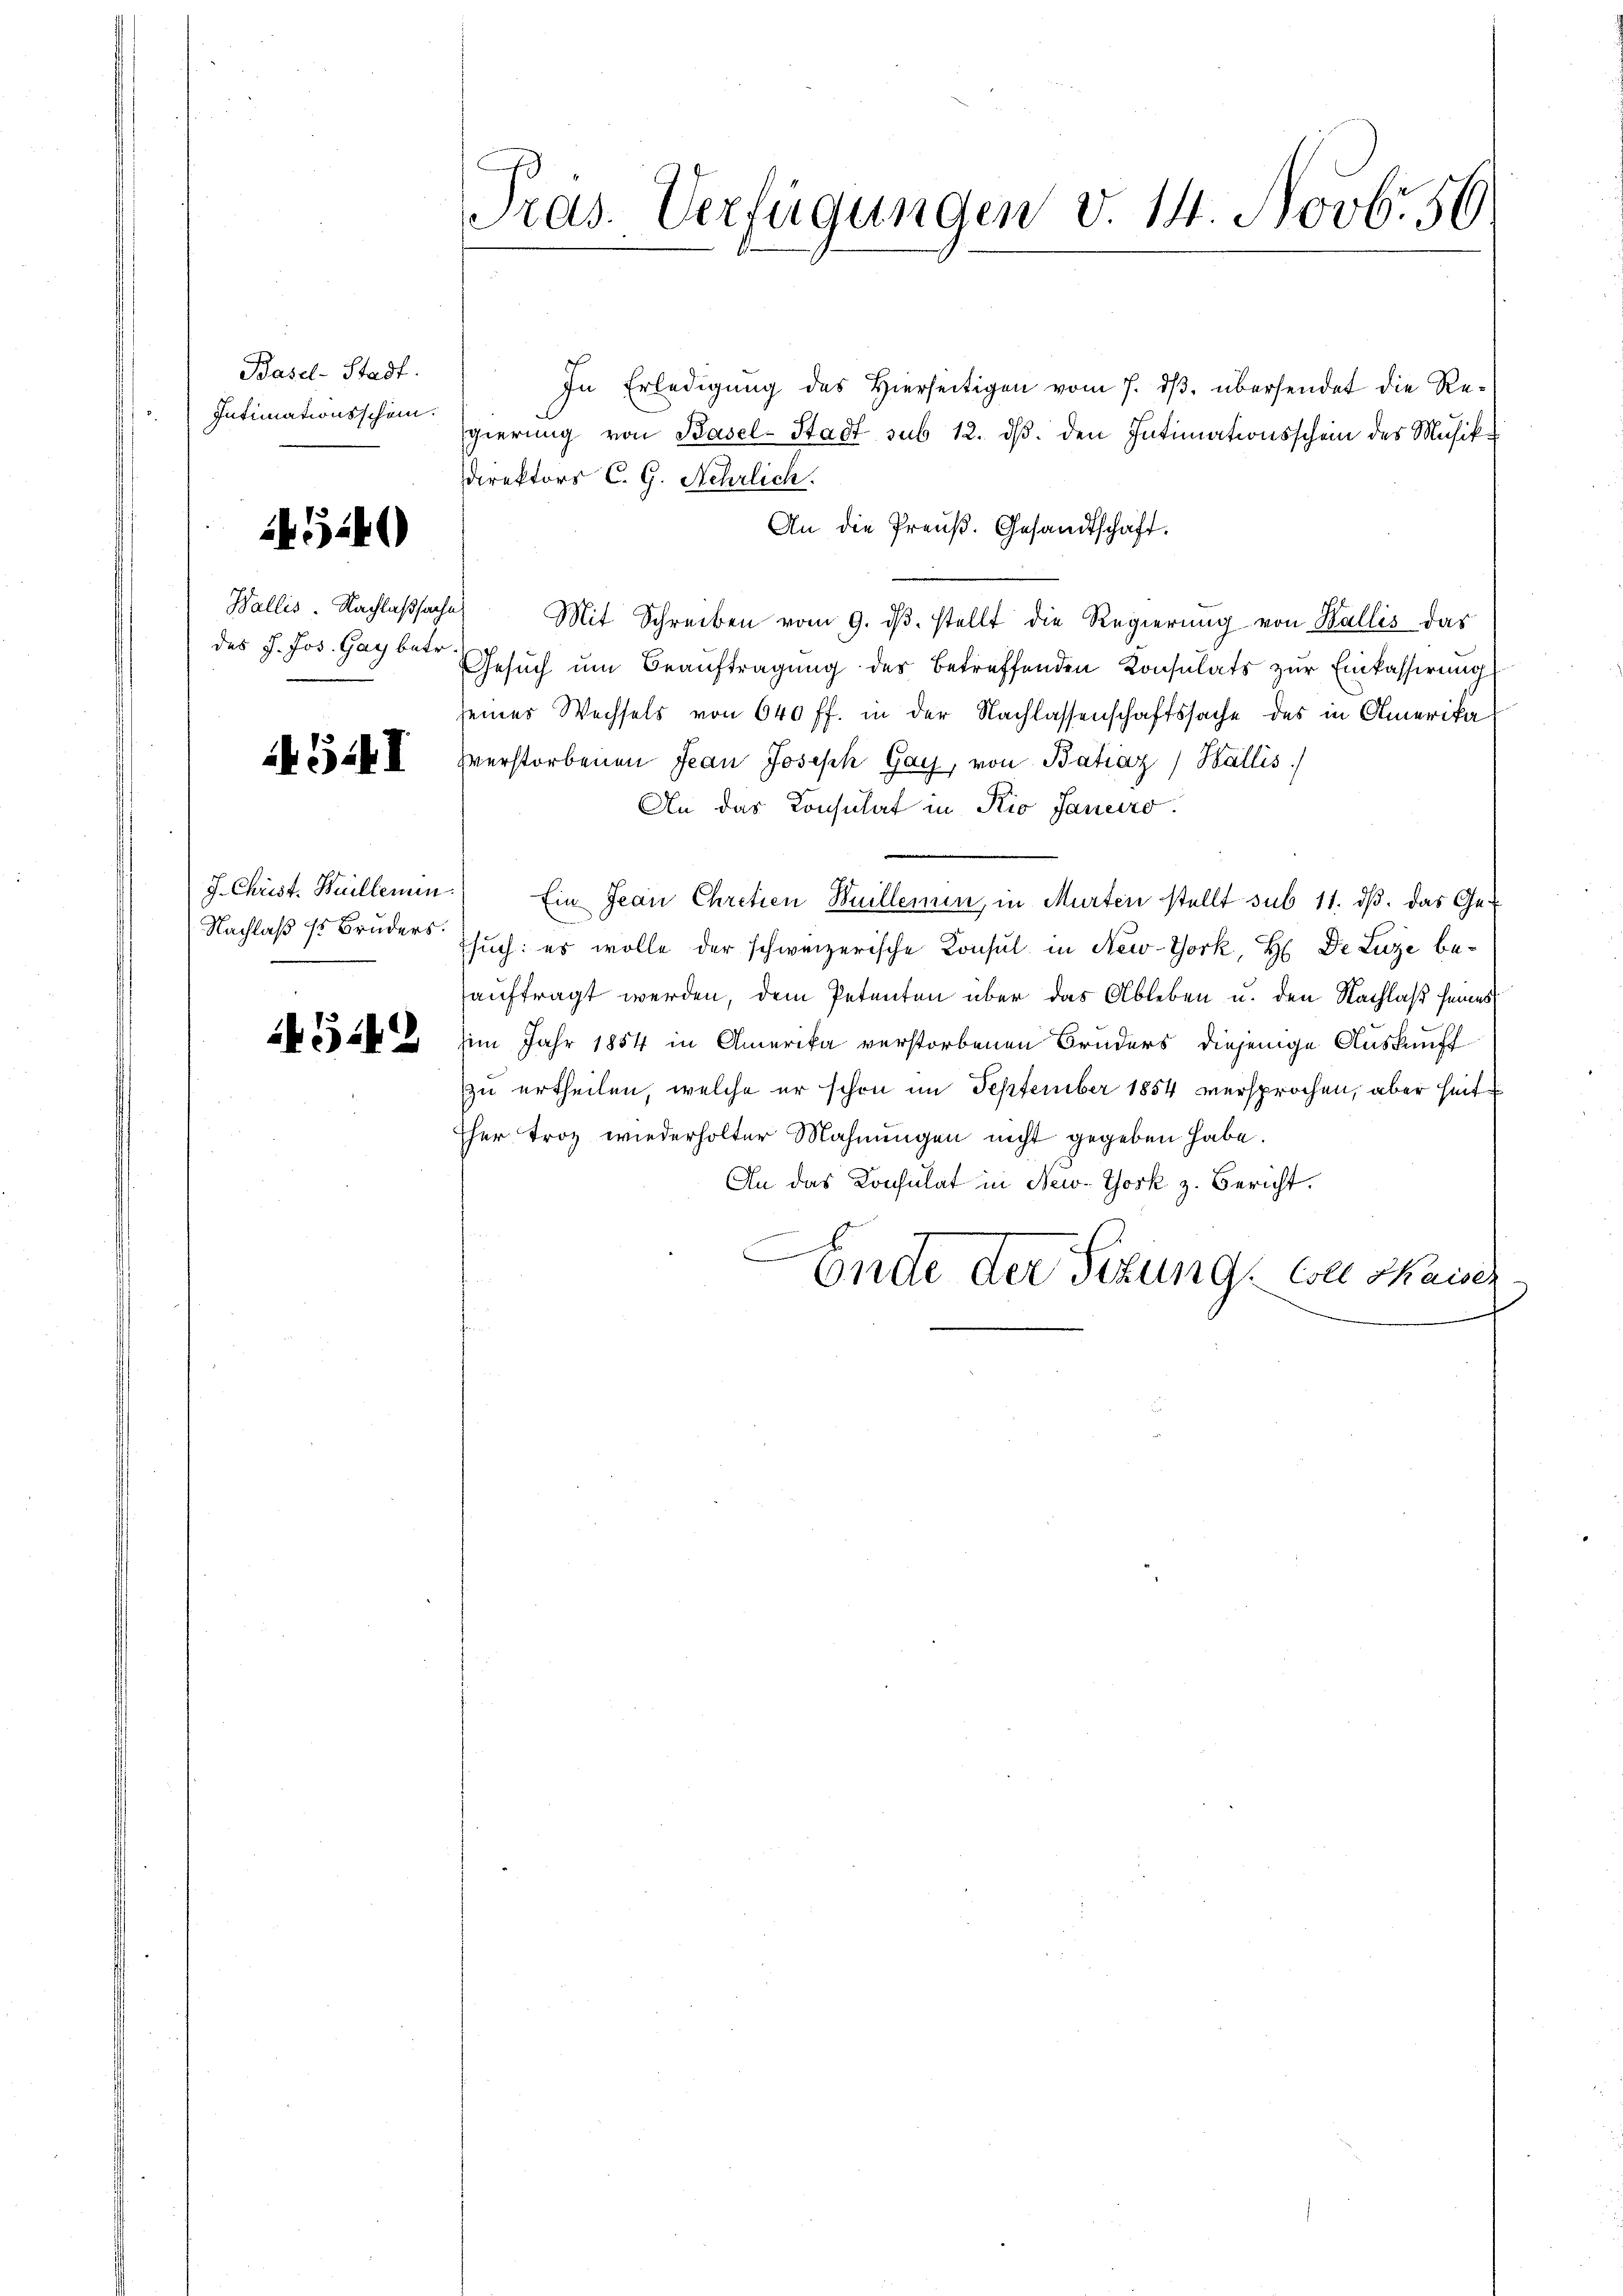
Basel-Stadt.
Intimationsschen.

45449

Wallis. Nachlaßsache
des J. Jos. Gay betr.

5.4I

J. Christ. Heillemen
Nachlaß so Bruders.

4542

ras. Verfügungen v. 14 Novbr. 56

In Erledigŭng des hierseitigen vom 7. dβ. übersendet die Re-
gierung von Basel-Stadt sub 12. ds. den Intimationsschein des Musikdirektors C. G. Nehrlich.
An die Preuß. Gesandtschaft.
Mit Schreiben vom 9. dβ. stellt die Regierung von Wallis das
Gesŭch ŭm Beauftragung des betreffenden Konsulats zur Einkassirung
seines Wechsels von 640 ff. in der Nachlassenschaftssache des in Amerika
hverstorbenen Jean Joseph Gay, von Batiaz) Wallis
An das Konsulat in Rio Januro.
.
Ein Jean Chretien Buillemen, in Murten stellt sub 11. dβ. das Ge-
such: es wolle der schweizerische Konsul in New-York, H De Luze beauftragt werden, dem Petenten über das Ableben u. den Nachlaß seines
im Jahr 1854 in Amerika verstorbenen Bruders diejenige Auskunft
zu ertheilen, welche er schon im September 1854 versprochen, aber heit
sher trotz wiederholter Mahnungen nicht gegeben habe.
An das Konsulat in New-York z. Bericht.
s
Ende der Sitzung Colle Skaisez